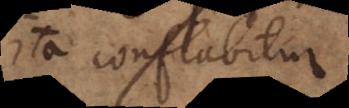
ita conflabitur: